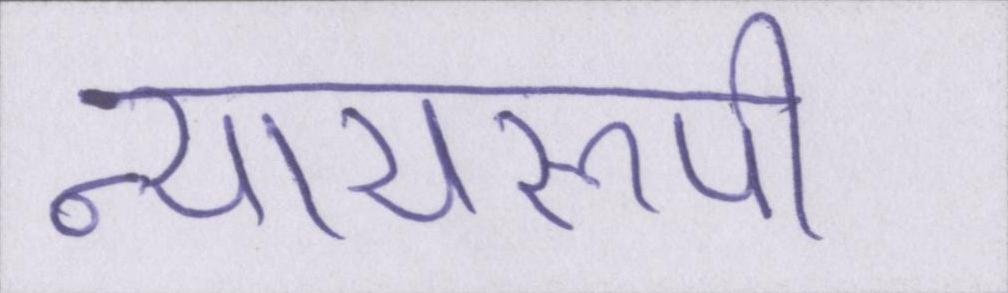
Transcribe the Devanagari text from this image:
न्यायरूपी